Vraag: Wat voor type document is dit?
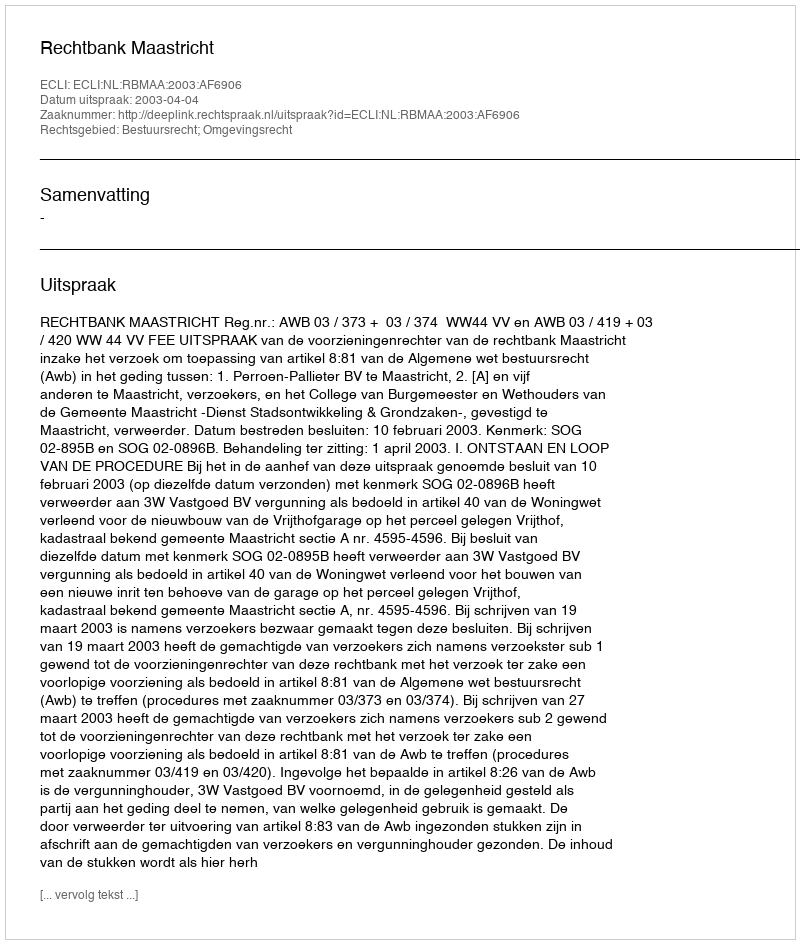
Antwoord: Uitspraak